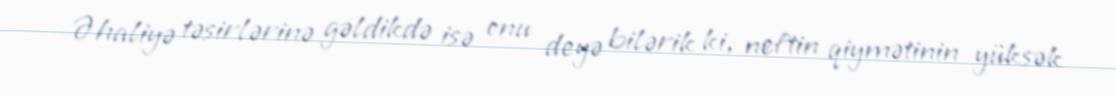
Əhaliyə təsirlərinə gəldikdə isə onu deyə bilərik ki, neftin qiymətinin yüksək